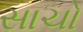
સાચો